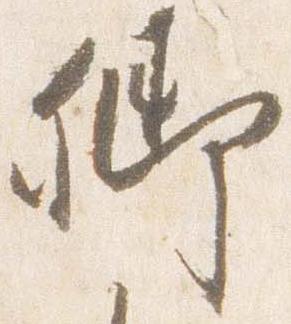
卿